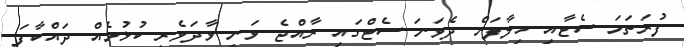
ފުރަތަމަ ސެޓާއި ހިލާފަށް ދެވަނަ ސެޓްގައި ރާއްޖެ ވަނީ ވާދަވެރި ކުޅުމެއް ދައްކާފަ